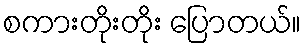
စကားတိုးတိုး ပြောတယ်။